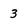
Character: 3